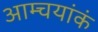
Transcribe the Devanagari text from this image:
आम्चयांकं